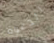
الدعوة